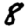
Digit: 8